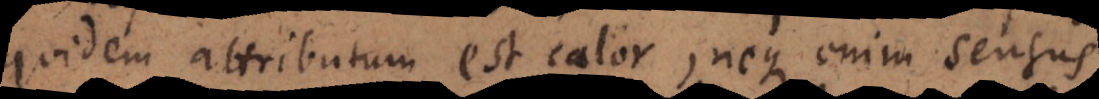
quidem attributum est calor, neque enim sensus